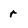
Character: r